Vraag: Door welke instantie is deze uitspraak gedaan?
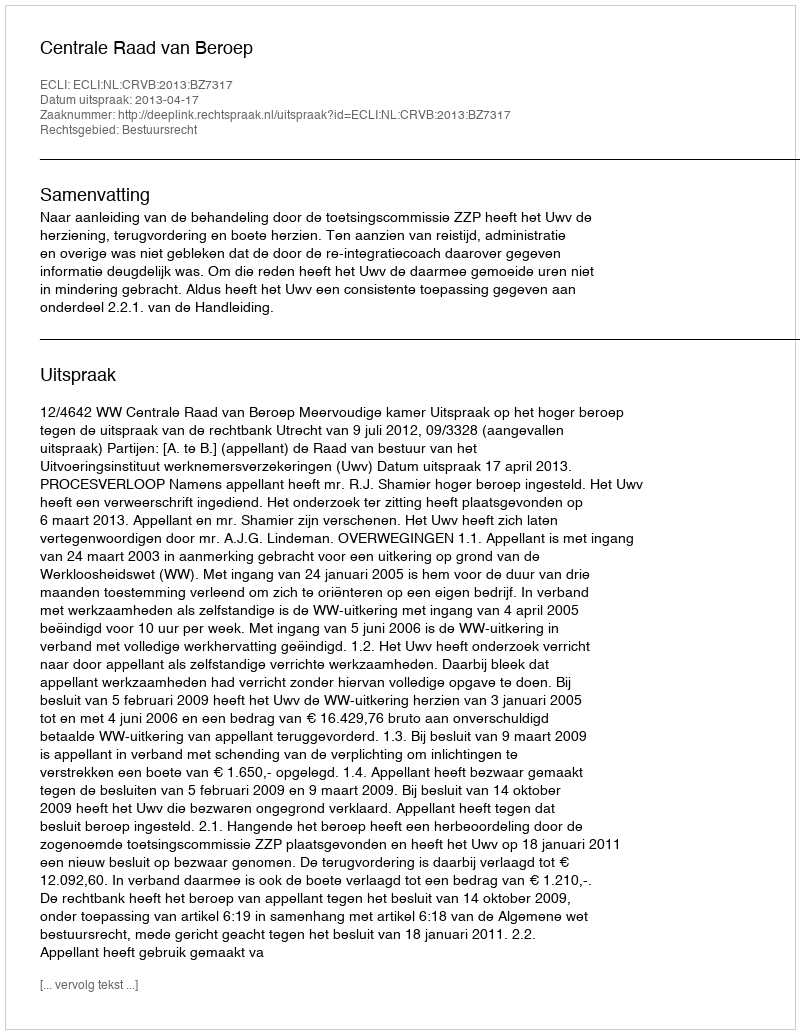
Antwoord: Centrale Raad van Beroep